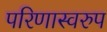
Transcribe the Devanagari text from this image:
परिणास्वरुप